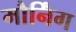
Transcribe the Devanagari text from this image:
मौर्निंग